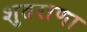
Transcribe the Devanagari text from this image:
शुतराणा